Report of an investigation of the epidemic of malarial fever in Assam, or, kala-azar
Disease focus: Malaria
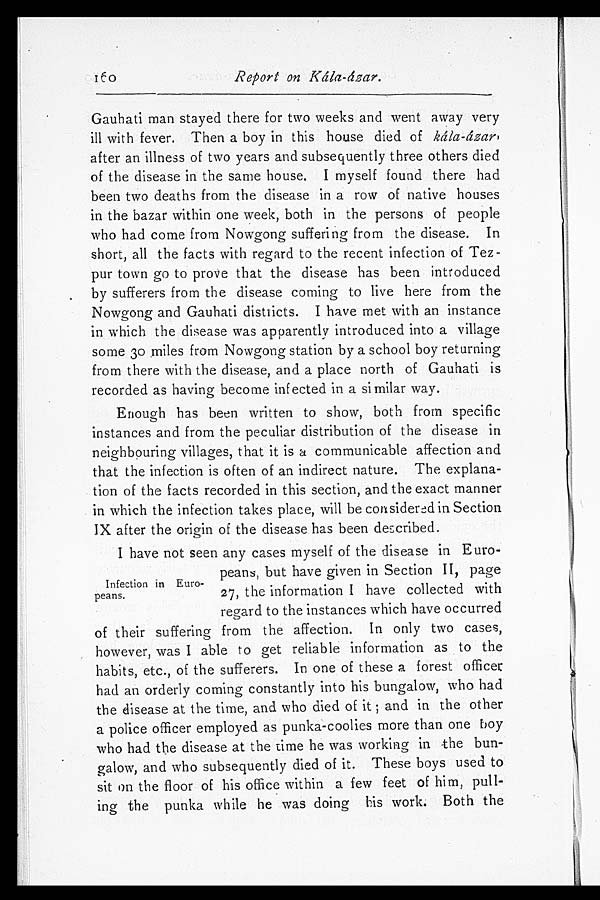
Report on Kála-ázar.
Gauhati man stayed there for two weeks and went away very
ill with fever. Then a boy in this house died of kála-ázar,
after an illness of two years and subsequently three others died
of the disease in the same house. I myself found there had
been two deaths from the disease in a row of native houses
in the bazar within one week, both in the persons of people
who had come from Nowgong suffering from the disease. In
short, all the facts with regard to the recent infection of Tez
- p u r t o w n g o t o p r o v e t h a t t h e d i s e a s e h a s b e e n i n t r o d u c e d
by sufferers from the disease coming to live here from the
Nowgong and Gauhati districts. I have met with an instance
in which the disease was apparently introduced into a village
some 30 miles from Nowgong station by a school boy returning
from there with the disease, and a place north of Gauhati is
recorded as having become infected in a similar way.
Enough has been written to show, both from specific
instances and from the peculiar distribution of the disease in
neighbouring villages, that it is a communicable affection and
that the infection is often of an indirect nature. The explana
- t i o n o f t h e f a c t s r e c o r d e d i n t h i s s e c t i o n , a n d t h e e x a c t m a n n e r
in which the infection takes place, will be considered in Section
IX after the origin of the disease has been described.
I have not seen any cases myself of the disease in Euro-
peans, but have given in Section II, page
27, the information I have collected with
regard to the instances which have occurred
of their suffering from the affection. In only two cases,
however, was I able to get reliable information as to the
habits, etc., of the sufferers. In one of these a forest officer
had an orderly coming constantly into his bungalow, who had
the disease at the time, and who died of it; and in the other
a police officer employed as punka-coolies more than one boy
who had the disease at the time he was working in the bun-
galow, and who subsequently died of it. These boys used to
sit on the floor of his office within a few feet of him, pull-
ing the punka while he was doing his work. Both the
Infection in Euro
-peans.